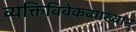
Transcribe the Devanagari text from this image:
व्यक्तिविवेकव्याख्यान्‌